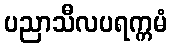
ပညာသီလပရက္ကမံ